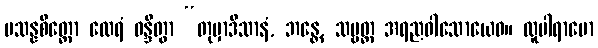
ပသန္နစိတ္တော ထေရံ ဝန္ဒိတွာ “တုမှာဒိသာနံ, ဘန္တေ, သဗ္ဗတ္ထ အရညဝါသောယေဝ။ ထူပါရာမော